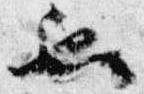
也